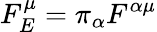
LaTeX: F_{E}^{\mu}=\pi_{\alpha}F^{\alpha\mu}